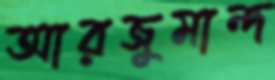
আরজুমান্দ